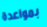
بمواعدة